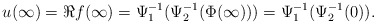
\begin{align*}u(\infty) = \Re f(\infty)= \Psi_1^{-1}(\Psi_2^{-1}(\Phi(\infty))) = \Psi_1^{-1}(\Psi_2^{-1}(0)).\end{align*}